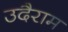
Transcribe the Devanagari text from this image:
उदैराम